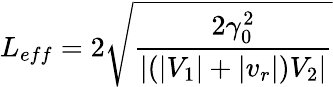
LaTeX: L_{eff}=2\sqrt{\frac{2\gamma_{0}^{2}}{|(|V_{1}|+|v_{r}|)V_{2}|}}